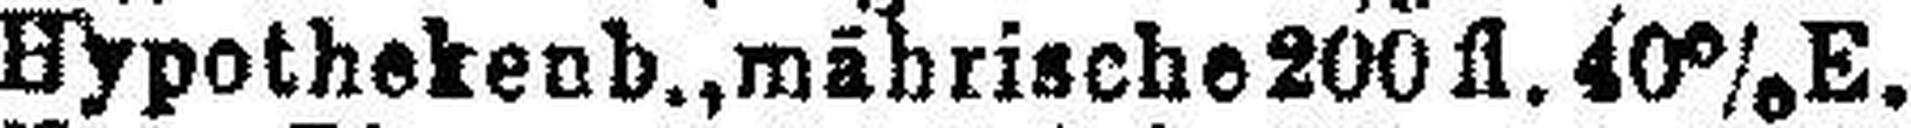
Hypothekenb., mährische 200fl. 40% E.